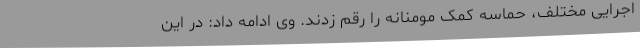
اجرایی مختلف، حماسه کمک مومنانه را رقم زدند. وی ادامه داد: در این